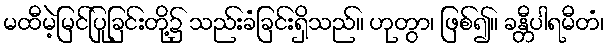
မထီမဲ့မြင်ပြုခြင်းတို့၌ သည်းခံခြင်းရှိသည်။ ဟုတွာ၊ ဖြစ်၍။ ခန္တီပါရမီတံ၊